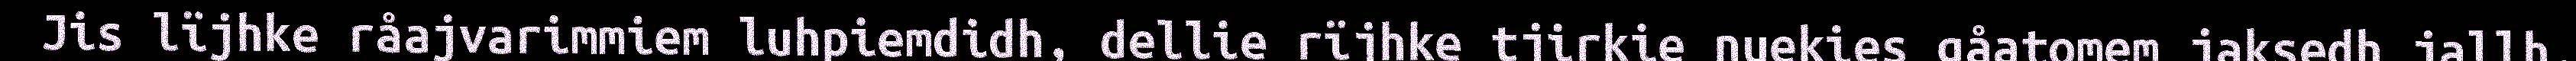
Jis lïjhke råajvarimmiem luhpiemdidh, dellie rïjhke tjirkie nuekies gåatomem jaksedh jallh,